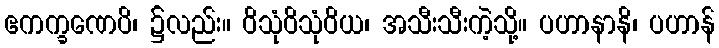
ဧကက္ခဏေပိ၊ ၌လည်း။ ဝိသုံဝိသုံဝိယ၊ အသီးသီးကဲ့သို့။ ပဟာနာနိ၊ ပဟာန်